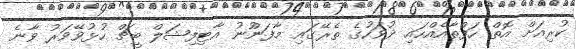
ކުރިއަށް އޮތް ހަފްތާއެއްހައި ދުވަހުގެ ތެރޭގައި މާފަންުނު އާޓިފިޝަލް ބީޗް ހުޅުވޭވަރު ވާނެ